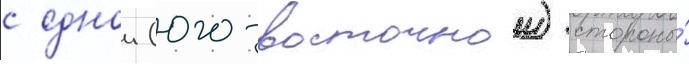
с однои (юго-восточнои) стороны́